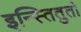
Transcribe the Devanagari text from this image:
इन्स्तितुतो